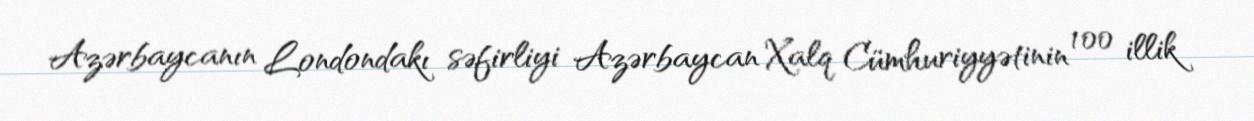
Azərbaycanın Londondakı səfirliyi Azərbaycan Xalq Cümhuriyyətinin 100 illik